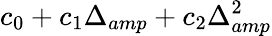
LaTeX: c_{0}+c_{1}\Delta_{amp}+c_{2}\Delta_{amp}^{2}